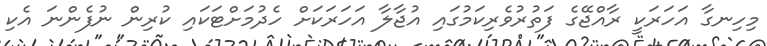
މިހިނގާ އަހަރަކީ ރާއްޖޭގެ ފަތުރުވެރިކަމުގައި އުޖާލާ އަހަރަކަށް ހެދުމަށްޓަކައި ކުރިން ނުފެންނަ އެކި